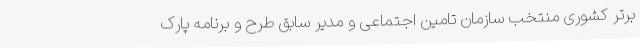
برتر کشوری منتخب سازمان تامین اجتماعی و مدیر سابق طرح و برنامه پارک